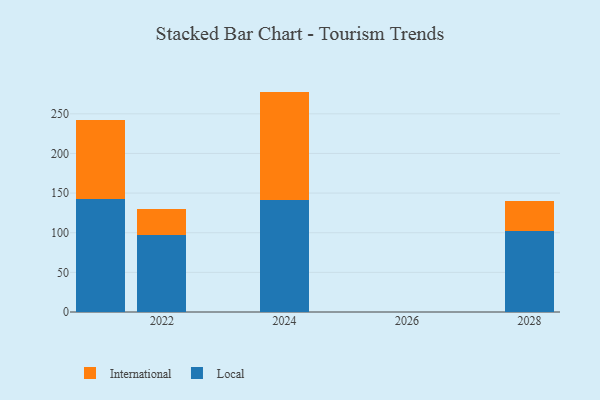
{"axis": {"x": "Year", "y": "Backlog"}, "legend": ["International", "Local"], "data": [{"x": "2021", "y": 142.7, "type": "Local"}, {"x": "2021", "y": 99.1, "type": "International"}, {"x": "2022", "y": 97.6, "type": "Local"}, {"x": "2022", "y": 32.7, "type": "International"}, {"x": "2028", "y": 102.3, "type": "Local"}, {"x": "2028", "y": 38.2, "type": "International"}, {"x": "2024", "y": 141.4, "type": "Local"}, {"x": "2024", "y": 136.6, "type": "International"}]}